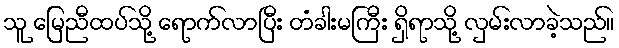
သူ မြေညီထပ်သို့ ရောက်လာပြီး တံခါးမကြီး ရှိရာသို့ လှမ်းလာခဲ့သည်။